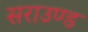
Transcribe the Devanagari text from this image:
सराउण्ड